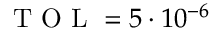
\mathrm { ~ T ~ O ~ L ~ } = 5 \cdot 1 0 ^ { - 6 }